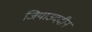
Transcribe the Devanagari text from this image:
जियाउददीन